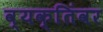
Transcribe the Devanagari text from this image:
व्यक्तिंवर